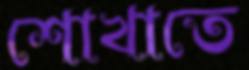
শোখাতে